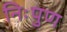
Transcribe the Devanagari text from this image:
निःपुण